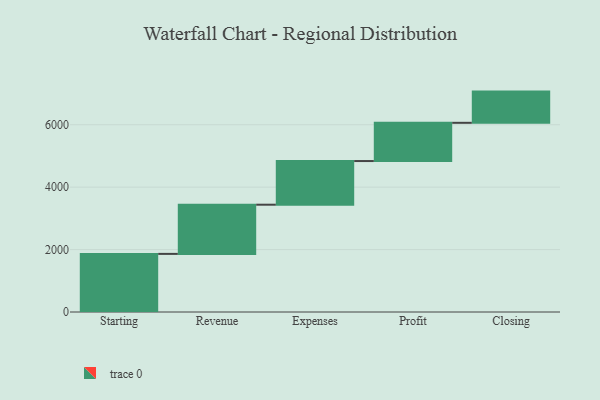
{"axis": {"x": "Step", "y": "Value"}, "legend": [""], "data": [{"x": "Starting", "y": 1862.0, "type": ""}, {"x": "Revenue", "y": 1576.0, "type": ""}, {"x": "Expenses", "y": 1399.0, "type": ""}, {"x": "Profit", "y": 1225.0, "type": ""}, {"x": "Closing", "y": 1000, "type": ""}]}